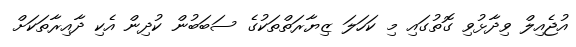
އުޖެއިލް ވިދާޅުވި ގޮތުގައި މި ކަހަލަ ޒިޔާރަތްތަކުގެ ސަބަބުން ކުދިން އެކި ދާއިރާތަކަށް